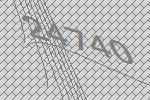
24740